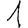
Digit: 1